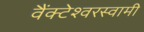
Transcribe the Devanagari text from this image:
वैंक्टेश्वरस्वामी